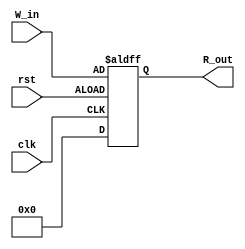
`timescale 1ns / 1ps
//////////////////////////////////////////////////////////////////////////////////
// Company: 
// Engineer: 
// 
// Design Name: 
// Module Name: DFlipFlop
// Project Name: 
// Target Devices: 
// Tool Versions: 
// Description: 
// 
// Dependencies: 
// 
// Revision:
// Revision 0.01 - File Created
// Additional Comments:
// 
//////////////////////////////////////////////////////////////////////////////////


module DFlipFlop #(parameter WIDTH = 32)(
        input wire clk,
        input wire rst,
        input wire[WIDTH-1:0] W_in,
        output reg[WIDTH-1:0] R_out
    );
    always @(posedge clk or negedge rst) begin
        if (rst == 1'b1) R_out <= {WIDTH{1'b0}};
        else begin
            R_out <= W_in;
        end
    end
endmodule